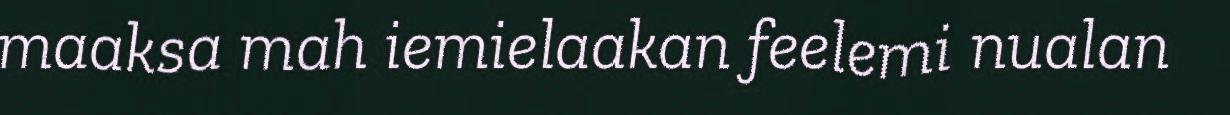
maaksa mah iemielaakan feelemi nualan